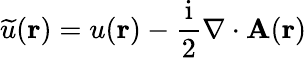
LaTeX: \widetilde{u}(\mathbf{r})=u(\mathbf{r})-\frac{\mathrm{i}}{2}\nabla\cdot\mathbf{A}(\mathbf{r})